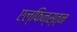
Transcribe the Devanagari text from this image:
एल्फिन्स्त्न